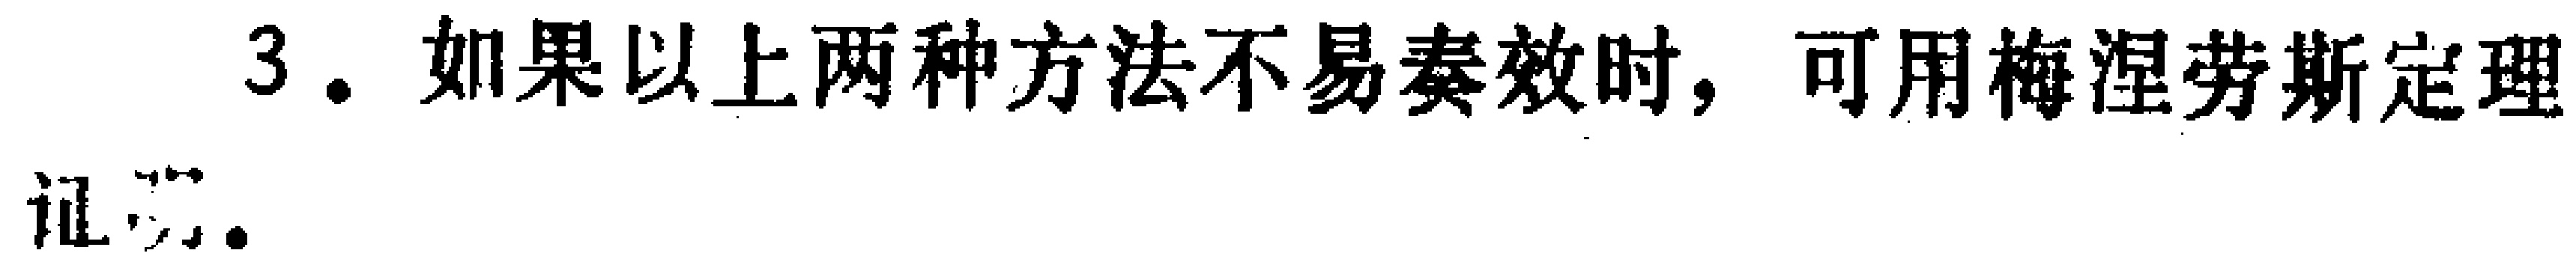
3. 如果以上两种方法不易奏效时，可用梅涅劳斯定理
证毕.